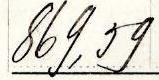
869,59